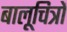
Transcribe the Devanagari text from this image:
बालूचित्रों